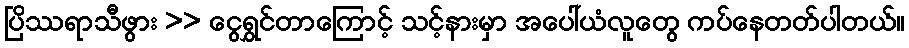
ပြိဿရာသီဖွား >> ငွေရွှင်တာကြောင့် သင့်နားမှာ အပေါ်ယံလူတွေ ကပ်နေတတ်ပါတယ်။